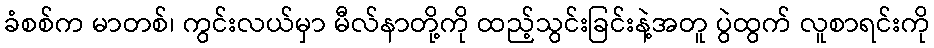
ခံစစ်က မာတစ်၊ ကွင်းလယ်မှာ မီလ်နာတို့ကို ထည့်သွင်းခြင်းနဲ့အတူ ပွဲထွက် လူစာရင်းကို